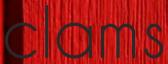
clams